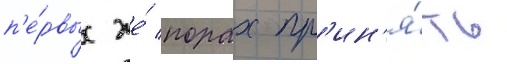
п'е́рвых же́ порах пр'ин'я́ть